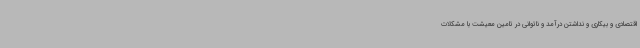
اقتصادی و بیکاری و نداشتن درآمد و ناتوانی در تامین معیشت با مشکلات